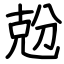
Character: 兝